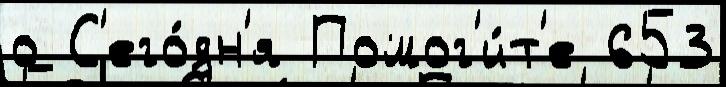
о С'его́дн'я Помог'и́т'е 653